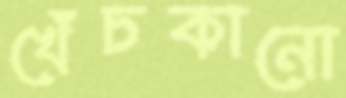
খেঁচকানো